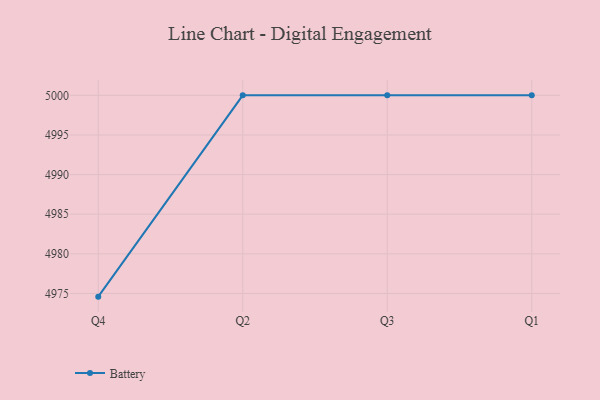
{"axis": {"x": "Quarter", "y": "Market Share (%)"}, "legend": ["Battery"], "data": [{"x": "Q4", "y": 4974.6, "type": "Battery"}, {"x": "Q2", "y": 5000, "type": "Battery"}, {"x": "Q3", "y": 5000, "type": "Battery"}, {"x": "Q1", "y": 5000, "type": "Battery"}]}